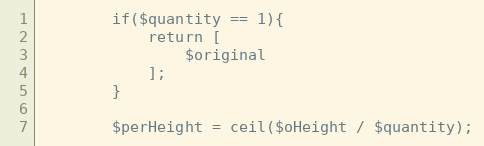
Language: PHP
        if($quantity == 1){
            return [
                $original
            ];
        }

        $perHeight = ceil($oHeight / $quantity);